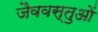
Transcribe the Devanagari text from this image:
जैववस्तुओं